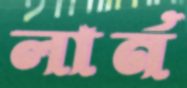
লার্ন